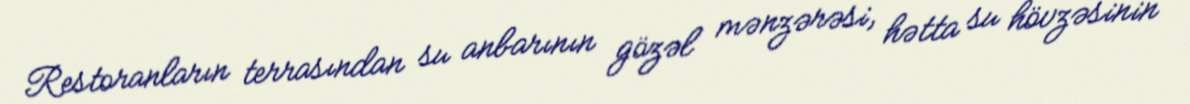
Restoranların terrasından su anbarının gözəl mənzərəsi, hətta su hövzəsinin